system: You are a helpful assistant.
user:
Analyze the provided spectrum to determine if it is a **M-type Giant (gM)**.

A M-type Giant spectrum is defined by its **strong molecular absorption** features, particularly from **Titanium Oxide (TiO)**. You must check for one of the following mutually exclusive signatures:

- **Key Visual Indicators (Absorption-Dominated Spectrum):**

    - **(Primary):** The spectrum is dominated by strong molecular absorption from **Titanium Oxide (TiO)**. This is the **defining feature** of its M-type temperature class.
        - **(Key Bandheads):** Look for sharp, "saw-tooth" absorption valleys. The strongest are located near **~7050 Å**, **~6160 Å**, and **~5170 Å**.
        - **(Line Profile):** The "saw-tooth" morphology is critical: a **sharp, steep drop on the BLUE (short-wavelength) side** of the bandhead, followed by a gradual recovery (rising flux) towards the RED (long-wavelength) side.

    - **(Key Confirmation - Giant vs. Dwarf):** **ABSENCE** of strong **Calcium Hydride (CaH)** molecular bands. This is the primary diagnostic for *excluding* M-dwarfs.
        - **(Key Region):** The spectrum should lack the strong, broad absorption band seen in dwarfs between **~6800 Å and ~7000 Å**.

    - **(Secondary Confirmation - Giant):** A very strong and broad **Neutral Calcium (Ca I)** atomic absorption line.
        - **(Key Line):** Located at **~4226 Å**. In a giant (gM), this line is significantly deeper and broader than the same line in an M-dwarf (dM) due to low surface gravity.

    - **(Overall Spectrum):**
        - The continuum is **extremely red-sloping** (i.e., flux is very low in the blue and rises dramatically towards the red).
        - The entire spectrum appears "chopped up" by the deep TiO bands.

Think first, call **spectral_visualization_tool** if needed to examine features in detail, then provide your final answer. Your response must adhere to the following strict rules:
1.  **Overall Structure:** Your response must follow the format `<think>...</think> <tool_call>...</tool_call> (if a tool is used) <answer>...</answer>`.
2.  **Tool Usage Constraint:** You may only make **one** tool call per turn.
3.  **Final Answer Format:** In the `<answer>` tag, your conclusion must be inside a `\boxed{}` command (e.g., `\boxed{YES}` or `\boxed{NO}`), followed by your justification.

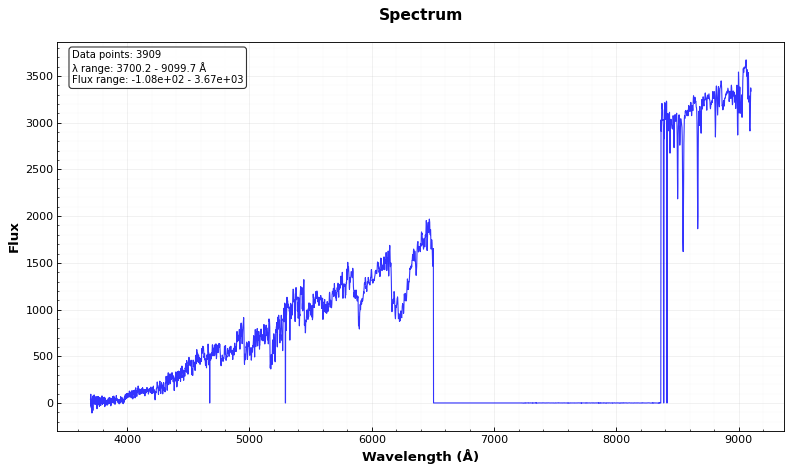
Answer: YES